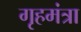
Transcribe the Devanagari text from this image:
गृहमंत्रा